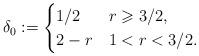
LaTeX: \begin{align*} \delta_0 := \begin{cases} 1/2 & r \geqslant 3/2,\\ 2-r & 1 < r < 3/2. \end{cases} \end{align*}